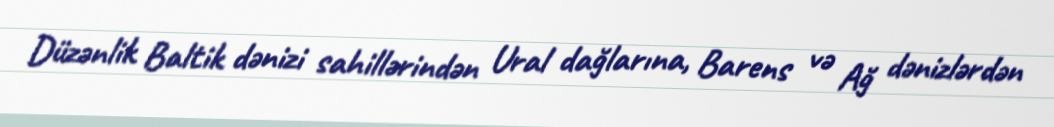
Düzənlik Baltik dənizi sahillərindən Ural dağlarına, Barens və Ağ dənizlərdən